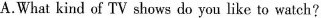
A.What kind of TV shows do you like to watch?